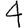
Digit: 4